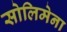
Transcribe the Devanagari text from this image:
सोलिमेना